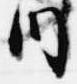
内